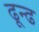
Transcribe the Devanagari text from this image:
ढून्ढ